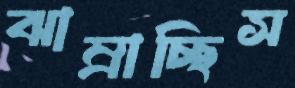
ঝাম্‌রাচ্ছিস